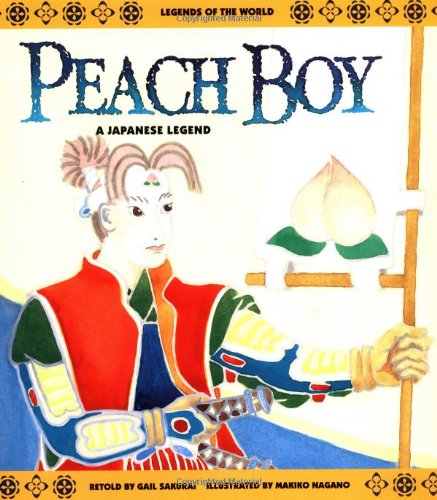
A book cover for Peach Boy: A Japanese Legend (Legends of the World); Sakurai; Children's Books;